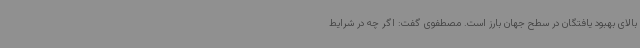
بالای بهبود یافتگان در سطح جهان بارز است. مصطفوی گفت: اگر چه در شرایط